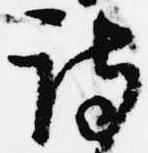
詩